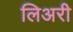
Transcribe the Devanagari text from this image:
लिअरी